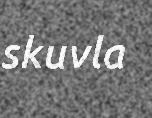
skuvla